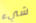
شيء